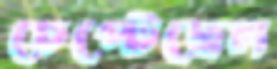
চেপ্‌টেছেন